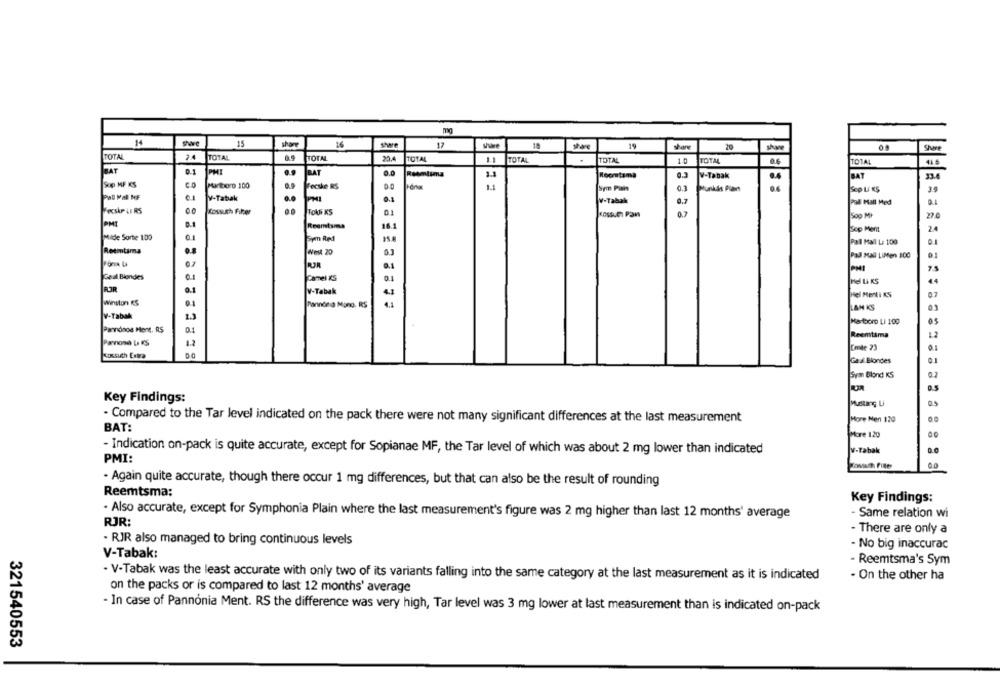
mg
14
15
sharr
16
share
17
share
20
sharee
shur
TOTAL
24
TOTAL
TOTAL
20.
TOTAL
TOTAL
1.1
TOTAL
.
10
TOTAL
TOTAL
BAT
0.1
PHI
RAT
Reemtima
1.1
Rocmatama
0.3
V-Tabak
BAT
Sop MF KS
Prboro 100
Fecske RS
11
Sym Pahn
0.3
Munkás Plan
Sco Li KS
Pal Mal MF
V-Tabak
.
W-Tabak
Pall Mall Med
0.4
FecskP LI RS
Kossuth Filer
01
0.
22.0
Soo MI
PMI
16.5
Sop Ment
2.4
Mide Sorte 100
Pall Mall Li 100
01
Reemtsma
West 20
Pall Mall LiMen 100
01
UR
0.1
7.5
Geal Biendes
Q.1
Camel KS
0.1
Hel LA KS
44
ROR
4.1
V-Tabak
Hel Merti KS
07
Winston KS
Pannonia Mano. RS
4.1
LAM KS
03
V-Tabak
Marlboro LI 100
Pannonos Ment. R$
Reemtsma
12
Parnosa La KS
Conte 73
0.1
Gaal Blondes
01
Svin Blond KS
0.2
Key Findings:
Mustang U
. Compared to the Tar level indicated on the pack there were not many significant differences at the last measurement
More Men 120
BAT:
More 120
- Indication on-pack is quite accurate, except for Sopianae MF, the Tar level of which was about 2 mg lower than indicated
V-Tabak
PMI:
Zowith Filter
. Again quite accurate, though there occur 1 mg differences, but that can also be the result of rounding
Reemtsma:
Key Findings:
. Also accurate, except for Symphonia Plain where the last measurement's figure was 2 mg higher than last 12 months' average
Same relation wi
RJR:
- There are only a
· RJR also managed to bring continuous levels
- No big inaccurac
V-Tabak:
- Reemtsma's Sym
· V-Tabak was the least accurate with only two of its variants falling into the same category at the last measurement as it is indicated
- On the other ha
on the packs or is compared to last 12 months' average
In case of Pannonia Ment. RS the difference was very high, Tar level was 3 mg lower at last measurement than is indicated on-pack
321540553